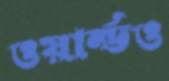
ওয়ার্ল্ডও